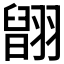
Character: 𦑹